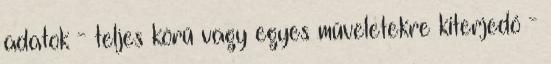
adatok - teljes körű vagy egyes műveletekre kiterjedő -